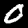
Digit: 0